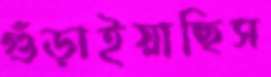
গুঁড়াইয়াছিস